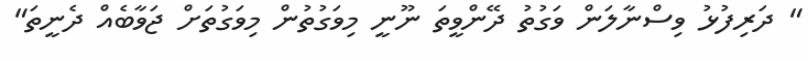
" ދަރިފުޅު ވިސްނާލަން ވަގުތު ދޭންވީތަ ނޫނީ މިވަގުތުން މިވަގުތަށް ޖަވާބެއް ދެނީތަ"